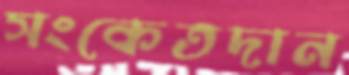
সংকেতদান